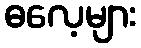
ဓလေ့များ